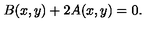
B ( x , y ) + 2 A ( x , y ) = 0 .